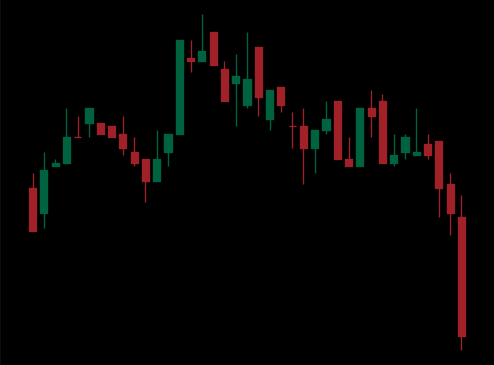
Pattern: head_shoulders